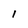
Character: 1